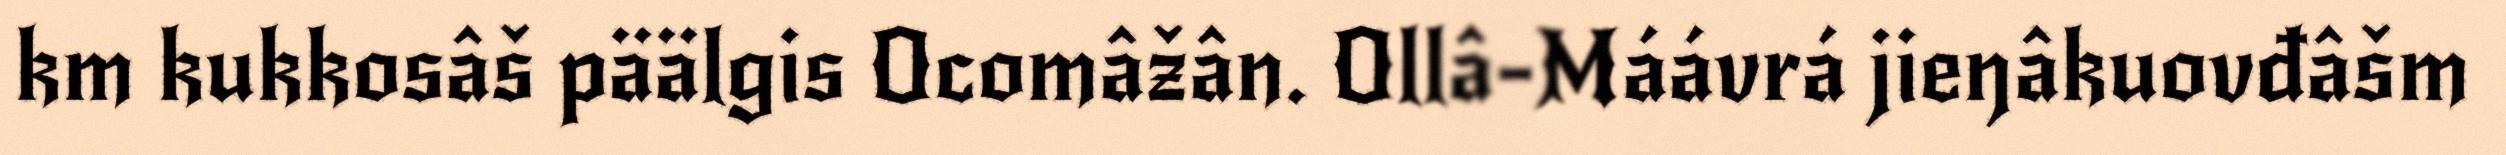
km kukkosâš päälgis Ocomâžân. Ollâ-Máávrá jieŋâkuovđâšm